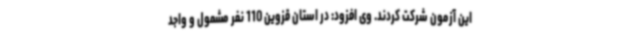
این آزمون شرکت کردند. وی افزود: در استان قزوین 110 نفر مشمول و واجد